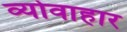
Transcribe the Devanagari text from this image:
व्योवाहार